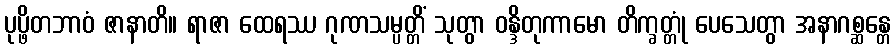
ပုပ္ဖိတဘာဝံ ဇာနာတိ။ ရာဇာ ထေရဿ ဂုဏသမ္ပတ္တိံ သုတွာ ဝန္ဒိတုကာမော တိက္ခတ္တုံ ပေသေတွာ အနာဂစ္ဆန္တေ